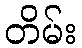
တိမ်း